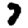
Digit: 7